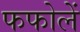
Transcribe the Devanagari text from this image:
फफोलें